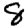
Digit: 8